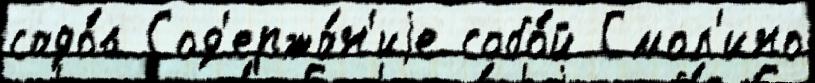
садо́в Сод'ержа́н'иjе собо́й Смол'ино